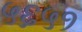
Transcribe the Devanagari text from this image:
५६५१